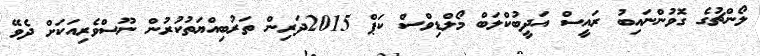
ލޯންޗުގެ ގޮވުންނައިބު ރައީސް އަދީބުކްލަބް މޯލްޑިވްސް ކަޕް 2015ދަރިން ތަރުބިއްޔަތުކުރުން ނޫސްވެރިއަކަށް ދެވޭ